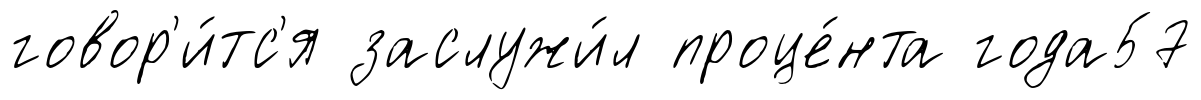
говор'и́тс'я заслужи́л проце́нта года57